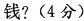
钱? (4分)